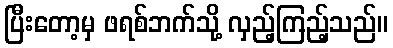
ပြီးတော့မှ ဖရစ်ဘက်သို့ လှည့်ကြည့်သည်။